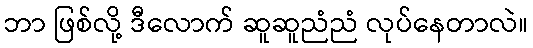
ဘာ ဖြစ်လို့ ဒီလောက် ဆူဆူညံညံ လုပ်နေတာလဲ။